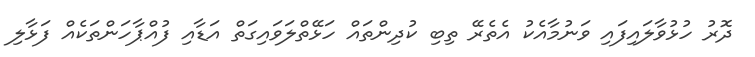
ދޮރު ހުޅުވާލައިފައި ވަނުމާއެކު އެތެރޭ ތިބި ކުދިންތައް ހަޅޭތްލަވައިގަތް އަޑާއި ފުއްޕާހަންތަކެއް ފަޅާލި